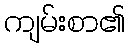
ကျမ်းစာ၏